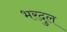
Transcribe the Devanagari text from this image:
भरदुल